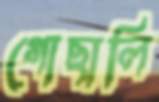
গোছালি